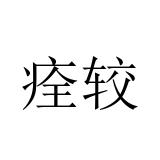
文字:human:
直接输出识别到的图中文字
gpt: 痊较